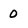
Character: 0